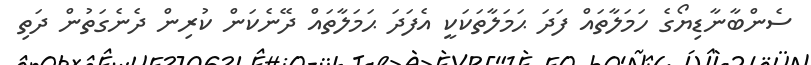
ސެންބާނާޑިޔޯގެ ހަމަލާތައް ފަދަ ޙަމަލާތަކަކީ އެފަދަ ޙަމަލާތައް ދޭނެކަން ކުރިން ދެނެގަތުން ދަތި